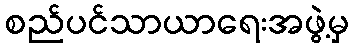
စည်ပင်သာယာရေးအဖွဲ့မှ